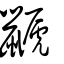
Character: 鼶